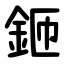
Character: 鉔